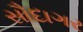
સૌદાગર